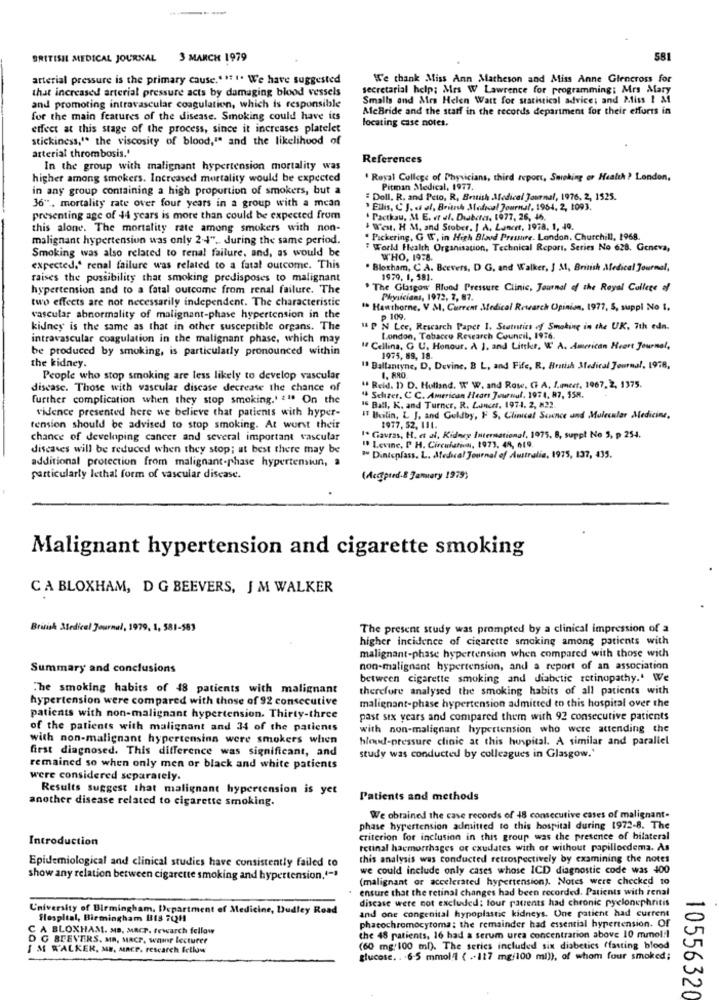
BRITISH MEDICAL JOURNAL
3 MARCH 1979
581
arterial pressure is the primary cause." "". We have suggested
We thank Miss Ann Matheson and Miss Anne Glencross for
that increased arterial pressure acts by damaging blood vessels
secretarial help; Mrs W Lawrence for programming; Mrs Mary
Smalls and Mrs Helen Watt for statistical advice; and Miss 1 &1
and promoting intravascular coagulation, which is responsible
McBride and the staff in the records department for their efforts in
for the main features of the disease. Smoking could have its
locating case notes.
effect at this stage of the process, since it increases platelet
stickiness," the viscosity of blood," and the likelihood of
arterial thrombosis.'
References
In the group with malignant hypertension mortality was
higher among smokers. Increased mortality would be expected
' Royal College of Physicians, third report, Smoking or Health ? London,
in any group containing a high proportion of smokers, but a
Pitman Medical, 1977.
" Doll, R. and Peto, R, British Medical Journal, 1976, 2, 1525.
36". mortality rate over four years in a group with a mean
" Ellis, C J. « al, British Medical Journal, 1964, 2, 1093.
presenting age of 44 years is more than could be expected frum
. Pactkau, M. E. et al. Diabetes, 1977, 26, 46.
this alone. The mortality rate among smokers with non-
West. H M. and Stober. | A. Lancet, 1978. 1, 40.
malignant hypertension was only 2-4" .. during the same period.
" Pickering, G W, in High Blood Pressure. London. Churchill, 1968.
" World Health Organisation, Technical Report, Series No 628. Geneva,
Smoking was also related to renal failure, and, as would be
WHO, 1978.
expected." renal failure was related to a fatal outcome. This
· Blogham, C.A. Bcevers, D G, and Walker, J 31, British Medical Journal,
raises the possibility that smoking predisposes to malignant
1979. 1, 381.
hypertension and to a fatal outcome from renal failure. The
. The Glasgow Blood Pressure Clinic, Journal of the Royal College of
two effects are not necessarily independent. The characteristic
Physicians, 1972, 7, 87.
" Hawthorne, V M. Current Medical Research Opinion, 1977, S, suppl No I.
vascular abnormality of malignant-phase hypertension in the
p 109.
kidney is the same as that in other susceptible organs. The
1 P N Lee, Research Paper 1. Statuties of Smoking in the UK. 7th edn.
intravascular coagulation in the malignant phase, which may
London, Tobacco Research Council, 1976.
be produced by smoking, is particularly pronounced within
If Cellina, G U. Honour. A ], and Little, W A. American Heart Journal,
the kidney.
1975, 89, 18.
13 Ballantyne, D, Devine. B L, and Fife, R, British Medical Journal, 1978,
People who stop smoking are less likely to develop vascular
I. RRO.
disease. Those with vascular disease decrease the chance of
" Reid. D) D. Holland. W W. and Rose, GF A, L.mert, 1967, 2, 1375.
further complication when they stop smoking.' 2" On the
14 Schizer, C C. American Heart Journal. 1974, 87, 558.
vidence presented here we believe that patients with hyper-
IS Ball, K. and Turner, R. Lances, 1974. 2, 822.
IT Bilin, L J, and Goldby, F S, Clinical Science and Molecular Medicine,
tension should be advised to stop smoking. At worst their
1977. 52. 111.
chance of developing cancer and several important vascular
1. Gavras, H. et al, Kidney International, 1975, 8, suppl No 3, p 254.
discases will be reduced when they stop; at best there may be
19 Levine, P H. Circulation, 1973, 48, 619.
additional protection from malignant-phase hypertension, a
" Dintcplass. L. Medical Journal of Australia, 1975, 137, 435.
particularly lethal form of vascular disease.
(Acctpred.8 January 1979)
Malignant hypertension and cigarette smoking
CA BLOXHAM, D G BEEVERS, J M WALKER
British Medical Journal, 1979, 1, 581-583
The present study was prompted by a clinical impression of a
higher incidence of cigarette smoking among patients with
malignant-phase hypertension when compared with those with
Summary and conclusions
non-malignant hypertension, and a report of an association
between cigarette smoking and diabetic retinopathy.' We
The smoking habits of 48 patients with malignant
therefore analysed the smoking habits of all patients with
hypertension were compared with those of 92 consecutive
malignant-phase hypertension admitted to this hospital over the
patients with non-malignant hypertension. Thirty-three
past six years and compared them with 92 consecutive patients
of the patients with malignant and 34 of the patients
with non-malignant hypertension who were attending the
with non-malignant hypertensinn were smokers when
blood pressure clinic at this hospital. A similar and parallel
first diagnosed. This difference was significant, and
study was conducted by colleagues in Glasgow."
remained so when only men or black and white patients
were considered separately.
Results suggest that malignant hypertension is yet
another disease related to cigarette smoking.
Patients and methods
We obtained the case records of 48 consecutive cases of malignant-
phase hypertension admitted to this hospital during 1972-8. The
Introduction
criterion for inclusion in this group was the presence of bilateral
retinal hacmorrhages or exudates with or without papillocdema. As
this analysis was conducted retrospectively by examining che notes
Epidemiological and clinical studies have consistently failed to
we could include only cases whose ICD diagnostic code was 400
show any relation between cigarette smoking and hypertension.'-"
(malignant or accelerated hypertension). Notes were checked to
ensure that the retinal changes had been recorded. Patients with renal
discase were not excluded: four patents had chronic pyelonephritis
University of Birmingham, Department of Medicine, Dudley Road
and one congenital hypoplastic kidneys. One patient had current
flospital, Birmingham 1318 702H
phacochromocytoma: the remainder had essential hypertension. Of
C A BLOXHAM. MD. MACP. fewarch fellow
D G BEEVERS. MR. MACP, wawr lecturer
the 48 patients, 16 had a serum urea concentration above 10 mmol/l
I M WALKER, ME, ARCP. research fellow
(60 mg/100 ml). The series included six diabetics (fasting blood
glucose. . . 6-5 mmol /l ( .- 117 mg/100 ml)), of whom four smoked;
10556320